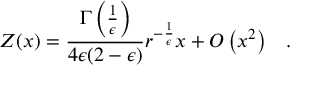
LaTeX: { \cal Z } ( x ) = { \frac { \Gamma \left( { \frac { 1 } { \epsilon } } \right) } { 4 \epsilon ( 2 - \epsilon ) } } r ^ { - { \frac { 1 } { \epsilon } } } x + O \left( x ^ { 2 } \right) \; \; \; .